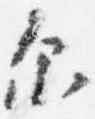
示